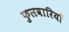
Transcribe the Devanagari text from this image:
फुलवारियाँ